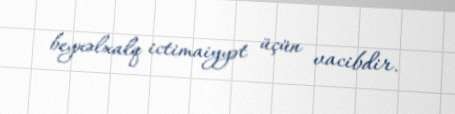
beynəlxalq ictimaiyyət üçün vacibdir.